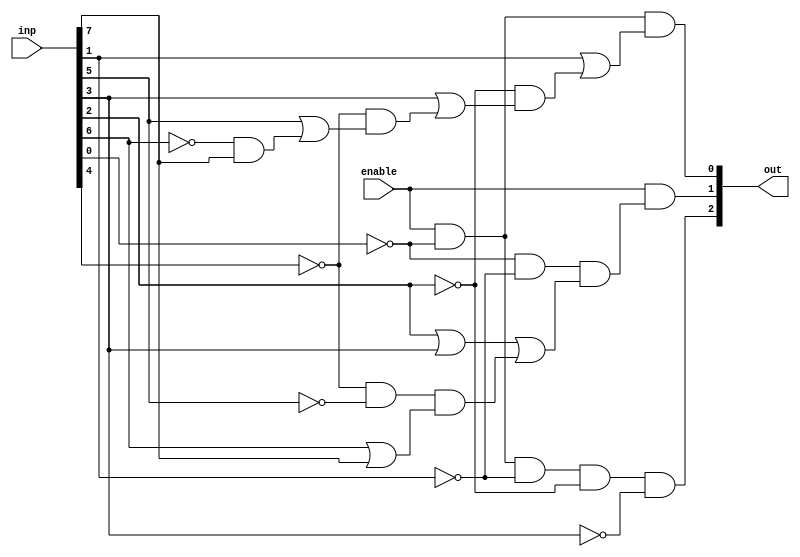
/*
INPUT: q0 - q7
OUTPUT: y0 - y2
The Truth Table:
<-----------INPUT------------>      <-OUTPUT->
MSB>>>>>>>>>>>>>>>>>>>>>>>>>LSB     MSB>>>>>LSB

q7	q6	q5	q4	q3	q2	q1	q0      y2	y1	y0
1	0	0	0	0	0	0	0	    1	1	1
x	1	0	0	0	0	0	0	    1	1	0
x	x	1	0	0	0	0	0	    1	0	1
x	x	x	1	0	0	0	0	    1	0	0
x	x	x	x	1	0	0	0	    0	1	1
x	x	x	x	x	1	0	0	    0	1	0
x	x	x	x	x	x	1	0	    0	0	1
x	x	x	x	x	x	x	1	    0	0	0
*/

module priority_encoder_8_3(out, inp, enable);
output [2:0] out;
input [7:0] inp;
input enable;

assign out[0] = enable && ~inp[0] && (inp[1] || (~inp[2] && (inp[3] || (~inp[4] && (inp[5] || (~inp[6] && (inp[7]))))))); 
assign out[1] = enable && (~inp[0] && ~inp[1] && (inp[2] || inp[3] || (~inp[4] && ~inp[5] && (inp[6] || inp[7]))));
assign out[2] = enable && ~inp[0] && ~inp[1] && ~inp[2] && ~inp[3];

endmodule